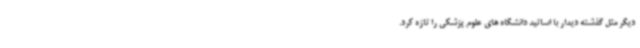
دیگر مثل گذشته دیدار با اساتید دانشگاه های علوم پزشکی را تازه کرد.